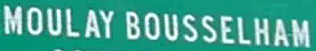
MOULAY BOUSSELHAM